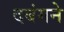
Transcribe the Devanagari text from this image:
दबंगने